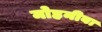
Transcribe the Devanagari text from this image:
मोहनीबा